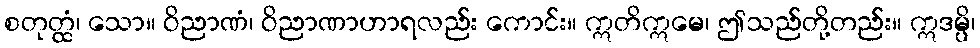
စတုတ္ထံ၊ သော။ ဝိညာဏံ၊ ဝိညာဏာဟာရလည်း ကောင်း။ ဣတိဣမေ၊ ဤသည်တို့တည်း။ ဣဒမ္ပိ၊